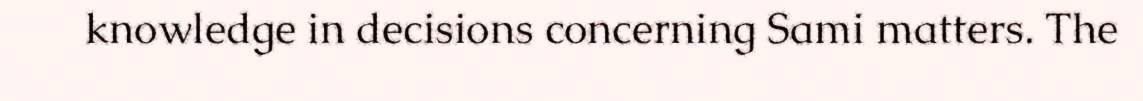
knowledge in decisions concerning Sami matters. The